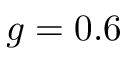
g = 0 . 6